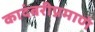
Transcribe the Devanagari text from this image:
कादंबरीप्रमाणे